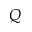
Q